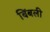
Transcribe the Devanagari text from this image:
बिंबली